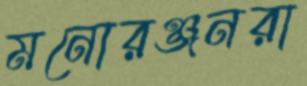
মনোরঞ্জনরা